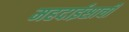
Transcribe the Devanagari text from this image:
महदाईसाची